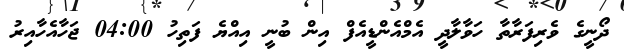
ދޯނީގެ ވެރިފަރާތާ ހަވާލާދީ އެމްއެންޑީއެފް އިން ބުނީ އިއްޔެ ފަތިހު 04:00 ޖަހާއެހާއިރު